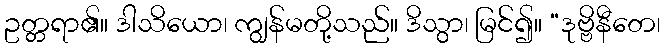
ဥတ္တရာ၏။ ဒါသိယော၊ ကျွန်မတို့သည်။ ဒိသွာ၊ မြင်၍။ “ဒုဗ္ဗိနီတေ၊